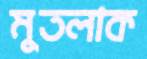
মুতলাক